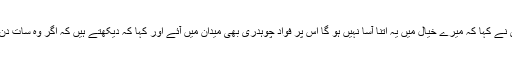
حبیب اکرم کے اس تجزیے پر حفیظ اللہ نیازی نے کہا کہ میرے خیال میں یہ اتنا آسا نہیں ہو گا اس پر فواد چوہدری بھی میدان میں آئے اور کہا کہ دیکھتے ہیں کہ اگر وہ سات دن کے اندر سینیٹر پورے کر لیں تو بنا لیں گے ۔